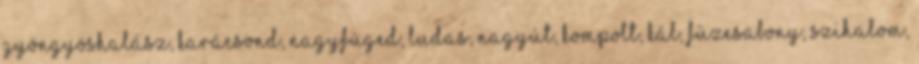
Gyöngyöshalász, Karácsond, Nagyfüged, Ludas, Nagyút, Kompolt, Kál, Füzesabony, Szihalom,